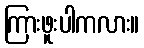
ကြားဖူးပါကလား။